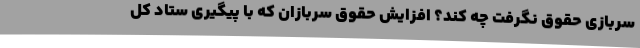
سربازی حقوق نگرفت چه کند؟ افزایش حقوق سربازان که با پیگیری ستاد کل